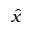
\hat { x }